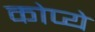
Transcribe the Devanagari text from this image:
कोप्ये